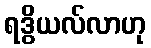
ရဒွိယလ်လာဟု